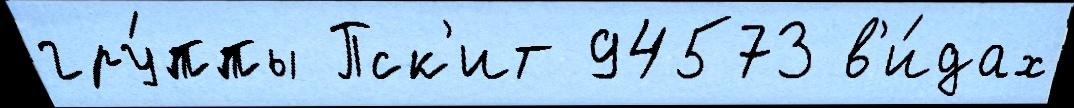
гру́ппы Пск'ит 94573 в'и́дах